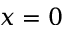
x = 0